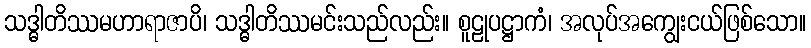
သဒ္ဓါတိဿမဟာရာဇာပိ၊ သဒ္ဓါတိဿမင်းသည်လည်း။ စူဠုပဋ္ဌာကံ၊ အလုပ်အကျွေးငယ်ဖြစ်သော။